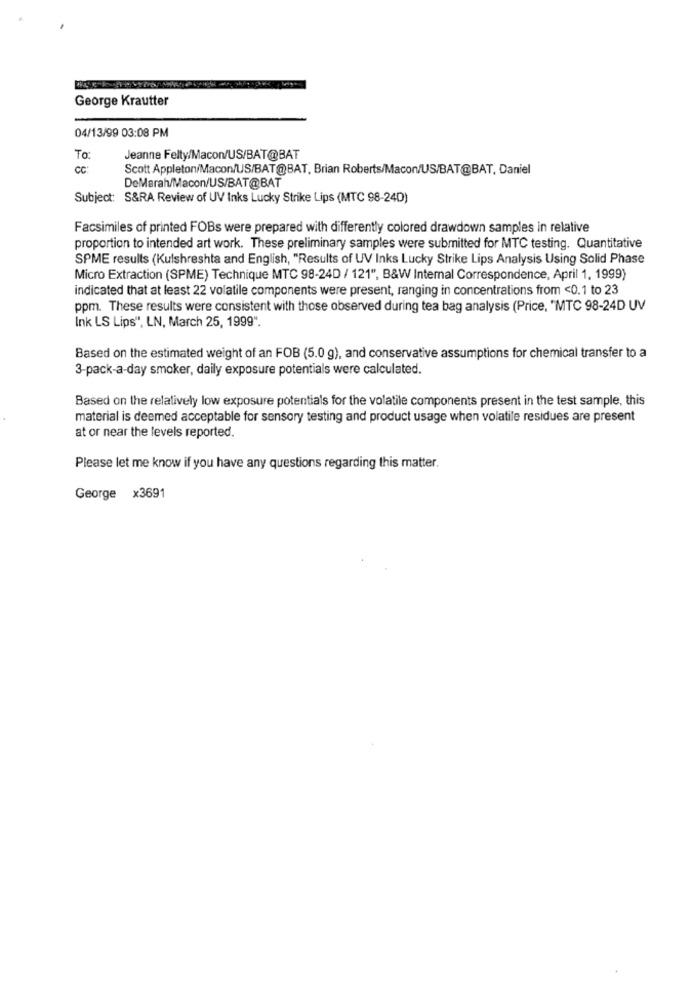
George Krautter
04/13/99 03:08 PM
To:
Jeanne Felty/Macon/US/BAT@BAT
CC:
Scott Appleton/Macon/US/BAT@BAT, Brian Roberts/Macon/US/BAT@BAT, Daniel
DeMarah/Macon/US/BAT@BAT
Subject: S&RA Review of UV Inks Lucky Strike Lips (MTC 98-24D)
Facsimiles of printed FOBs were prepared with differently colored drawdown samples in relative
proportion to intended art work. These preliminary samples were submitted for MTC testing. Quantitative
SPME results (Kulshreshta and English, "Results of UV Inks Lucky Strike Lips Analysis Using Solid Phase
Micro Extraction (SPME) Technique MTC 98-24D / 121", B&W Internal Correspondence, April 1, 1999)
indicated that at least 22 volatile components were present, ranging in concentrations from <0.1 to 23
ppm. These results were consistent with those observed during tea bag analysis (Price, "MTC 98-24D UV
Ink LS Lips", LN, March 25, 1999".
Based on the estimated weight of an FOB (5.0 g), and conservative assumptions for chemical transfer to a
3-pack-a-day smoker, daily exposure potentials were calculated.
Based on the relatively low exposure potentials for the volatile components present in the test sample, this
material is deemed acceptable for sensory testing and product usage when volatile residues are present
at or near the levels reported.
Please let me know if you have any questions regarding this matter.
George x3691